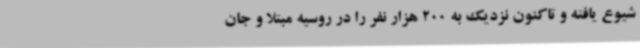
شیوع یافته و تاکنون نزدیک به 200 هزار نفر را در روسیه مبتلا و جان